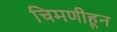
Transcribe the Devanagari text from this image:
चिमणीहून